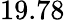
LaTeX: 19.78